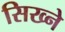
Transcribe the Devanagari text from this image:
सिख्ने